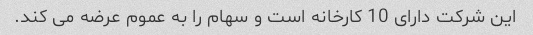
این شرکت دارای 10 کارخانه است و سهام را به عموم عرضه می کند.